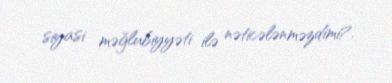
siyasi məğlubiyyəti ilə nəticələnməzdimi?.